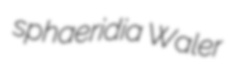
sphaeridia Waler